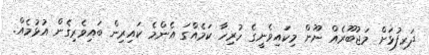
ދަރިފުޅަށް މަޖުބޫރެއް ނޫން މިކައިވެނީގެ ހުރިހާ ކަމެއްގަ އެންމެ ކައިރިން ބައިވެރިގެން އުޅުމެއް.